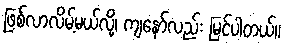
ဖြစ်လာလိမ့်မယ်လို့၊ ကျနော်လည်း မြင်ပါတယ်။